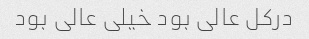
درکل عالی بود خیلی عالی بود